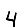
Digit: 4